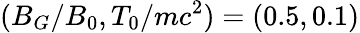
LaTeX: (B_{G}/B_{0},T_{0}/mc^{2})=(0.5,0.1)